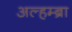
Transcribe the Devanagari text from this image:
अल्हम्ब्रा